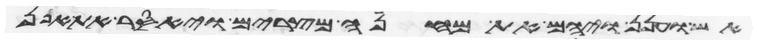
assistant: אש וענן ויהם את מחנה מצרים ויאסר את אפן